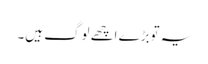
یہ توبڑے اچھے لوگ ہیں۔